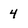
Character: 4